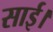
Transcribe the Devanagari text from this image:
साई।